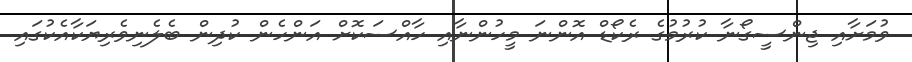
ވުމަށާއި ޖިންސީގޯނާ ކުރުމުގެ ރެކޯޑް އޮންނަ މީހުންނާއި ހާއްސަކޮށް އަންހެން ކުދިން ބެލެނިވެރިޔަކާއެކުގައި